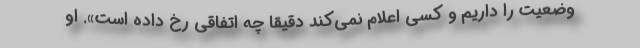
وضعیت را داریم و کسی اعلام نمی‌کند دقیقا چه اتفاقی رخ داده است». او